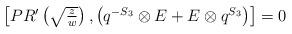
LaTeX: \begin{align*}\begin{array}{c}\left[PR'\left(\sqrt{z\over w}\right),\left(q^{-S_3}\otimes E+E\otimes q^{S_3}\right)\right]=0\end{array}\end{align*}